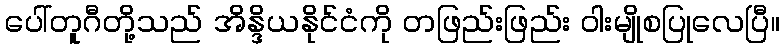
ပေါ်တူဂီတို့သည် အိန္ဒိယနိုင်ငံကို တဖြည်းဖြည်း ဝါးမျိုစပြုလေပြီ။